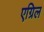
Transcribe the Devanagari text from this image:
एग्रिल